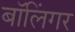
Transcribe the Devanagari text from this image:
बॉलिंगर